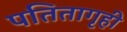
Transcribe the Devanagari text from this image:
पतितागृही